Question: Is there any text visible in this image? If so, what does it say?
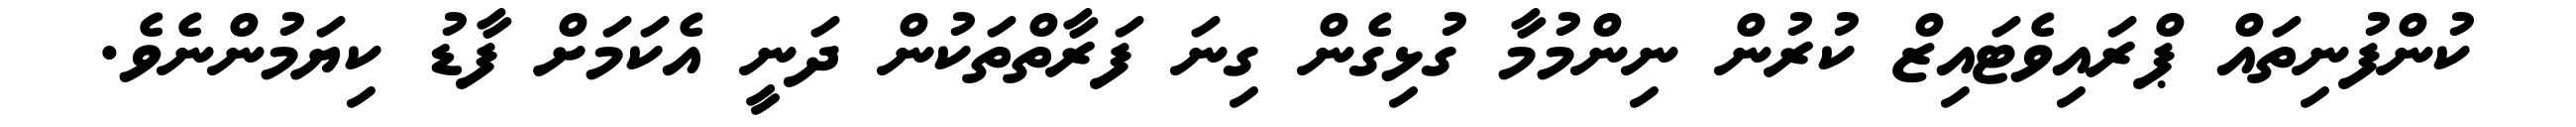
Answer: ކުންފުނިތައް ޕްރައިވެޓައިޒް ކުރުން ނިންމުމާ ގުޅިގެން ގިނަ ފަރާތްތަކުން ދަނީ އެކަމަށް ފާޑު ކިޔަމުންނެވެ.